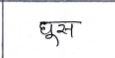
मजकूर: घूस